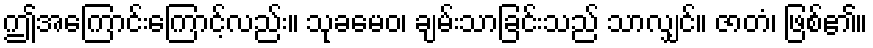
ဤအကြောင်းကြောင့်လည်း။ သုခမေဝ၊ ချမ်းသာခြင်းသည် သာလျှင်။ ဇာတံ၊ ဖြစ်၏။